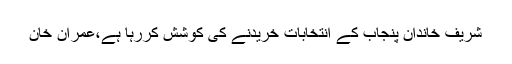
شریف خاندان پنجاب کے انتخابات خریدنے کی کوشش کررہا ہے،عمران خان